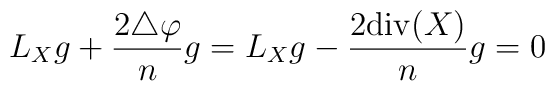
L_Xg+{2\triangle\varphi\over n}g=L_Xg-{2{\rm div}(X)\over n}g=0